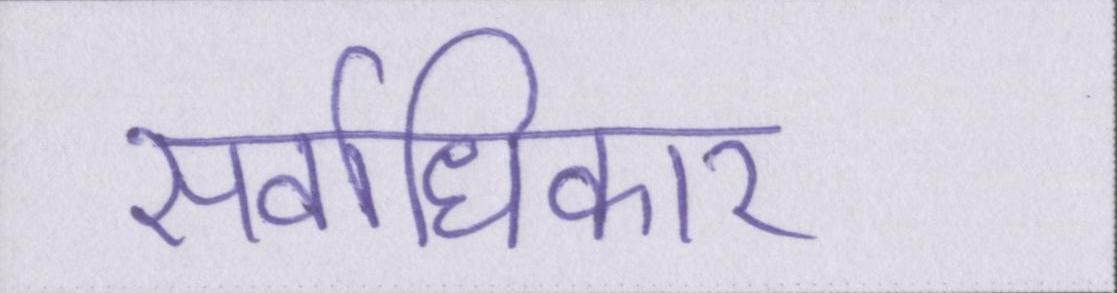
सर्वाधिकार